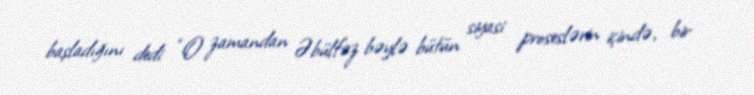
başladığını dedi: “O zamandan Əbülfəz bəylə bütün siyasi proseslərin içində, bir